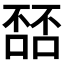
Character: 𫫘